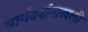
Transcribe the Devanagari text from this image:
मार्गदर्शनाखली